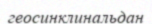
геосинклинальдан